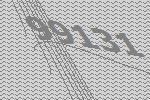
99131